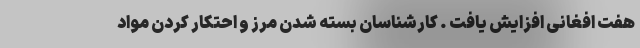
هفت افغانی افزایش یافت . کارشناسان بسته شدن مرز و احتکار کردن مواد